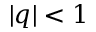
| q | < 1